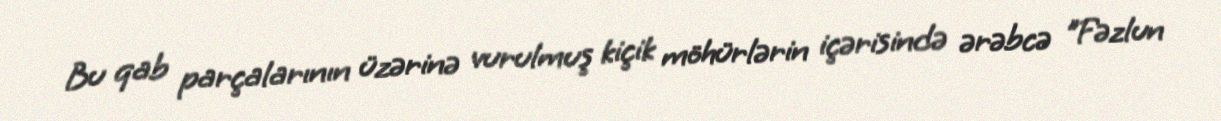
Bu qab parçalarının üzərinə vurulmuş kiçik möhürlərin içərisində ərəbcə "Fəzlun